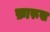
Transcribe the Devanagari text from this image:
फ़ारूख